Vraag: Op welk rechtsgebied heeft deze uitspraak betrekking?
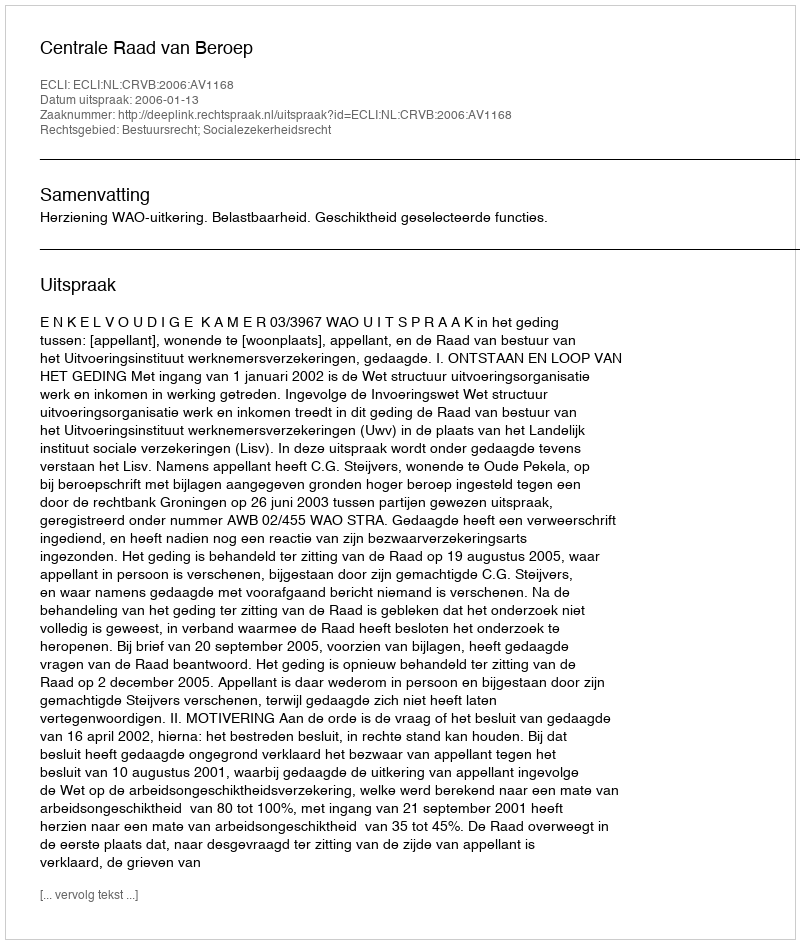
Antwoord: Bestuursrecht; Socialezekerheidsrecht